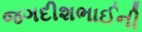
જગદીશભાઈની